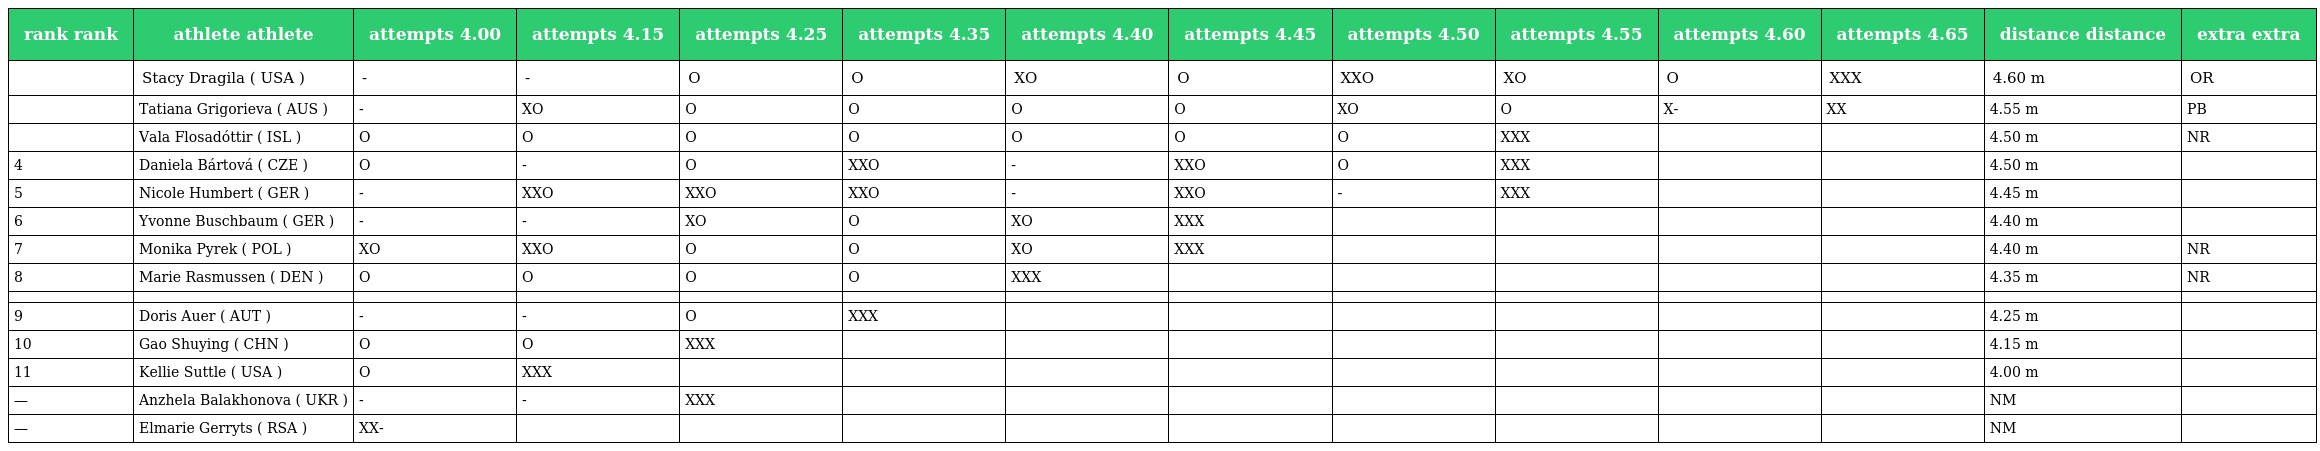
| rank rank | athlete athlete | attempts 4.00 | attempts 4.15 | attempts 4.25 | attempts 4.35 | attempts 4.40 | attempts 4.45 | attempts 4.50 | attempts 4.55 | attempts 4.60 | attempts 4.65 | distance distance | extra extra |
 | --- | --- | --- | --- | --- | --- | --- | --- | --- | --- | --- | --- | --- | --- |
 |  | Stacy Dragila ( USA ) | - | - | O | O | XO | O | XXO | XO | O | XXX | 4.60 m | OR |
 |  | Tatiana Grigorieva ( AUS ) | - | XO | O | O | O | O | XO | O | X- | XX | 4.55 m | PB |
 |  | Vala Flosadóttir ( ISL ) | O | O | O | O | O | O | O | XXX |  |  | 4.50 m | NR |
 | 4 | Daniela Bártová ( CZE ) | O | - | O | XXO | - | XXO | O | XXX |  |  | 4.50 m |  |
 | 5 | Nicole Humbert ( GER ) | - | XXO | XXO | XXO | - | XXO | - | XXX |  |  | 4.45 m |  |
 | 6 | Yvonne Buschbaum ( GER ) | - | - | XO | O | XO | XXX |  |  |  |  | 4.40 m |  |
 | 7 | Monika Pyrek ( POL ) | XO | XXO | O | O | XO | XXX |  |  |  |  | 4.40 m | NR |
 | 8 | Marie Rasmussen ( DEN ) | O | O | O | O | XXX |  |  |  |  |  | 4.35 m | NR |
 |  |  |  |  |  |  |  |  |  |  |  |  |  |  |
 | 9 | Doris Auer ( AUT ) | - | - | O | XXX |  |  |  |  |  |  | 4.25 m |  |
 | 10 | Gao Shuying ( CHN ) | O | O | XXX |  |  |  |  |  |  |  | 4.15 m |  |
 | 11 | Kellie Suttle ( USA ) | O | XXX |  |  |  |  |  |  |  |  | 4.00 m |  |
 | — | Anzhela Balakhonova ( UKR ) | - | - | XXX |  |  |  |  |  |  |  | NM |  |
 | — | Elmarie Gerryts ( RSA ) | XX- |  |  |  |  |  |  |  |  |  | NM |  |